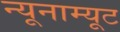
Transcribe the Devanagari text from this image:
न्यूनाम्यूट